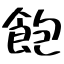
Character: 飽